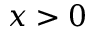
x > 0